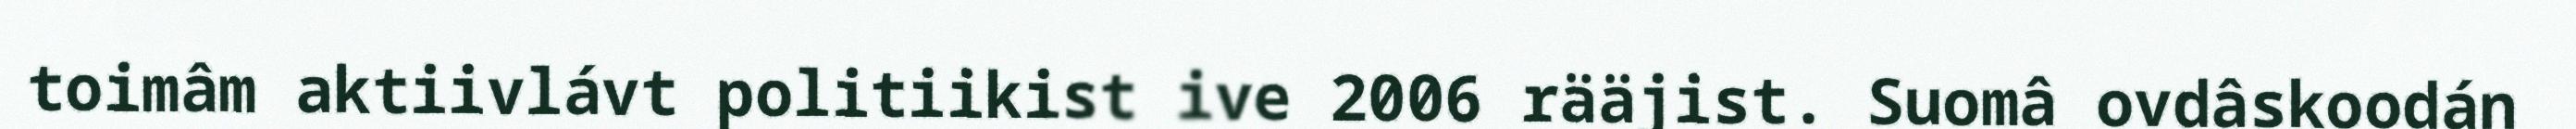
toimâm aktiivlávt politiikist ive 2006 rääjist. Suomâ ovdâskoodán